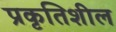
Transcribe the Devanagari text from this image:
प्रकृतिशील